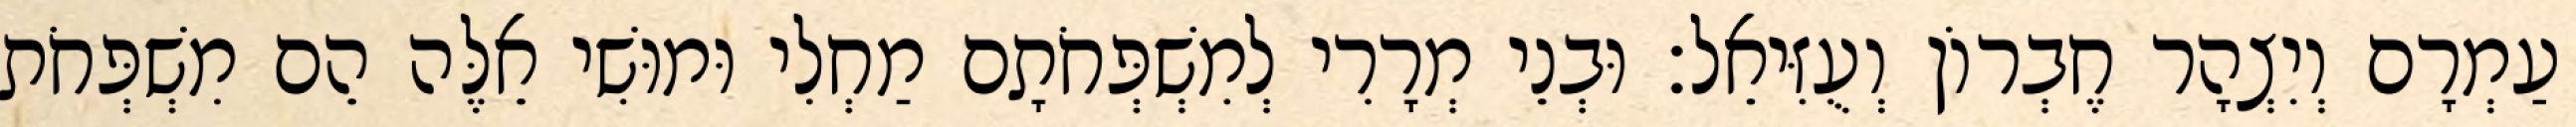
עַמְרָם וְיִצְהָר חֶבְרוֹן וְעֻזִּיאֵל׃ וּבְנֵי מְרָרִי לְמִשְׁפְּחֹתָם מַחְלִי וּמוּשִׁי אֵלֶּה הֵם מִשְׁפְּחֹת